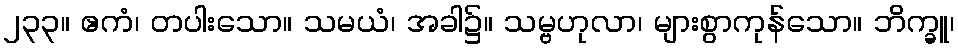
၂၃၃။ ဧကံ၊ တပါးသော။ သမယံ၊ အခါ၌။ သမ္ဗဟုလာ၊ များစွာကုန်သော။ ဘိက္ခူ၊